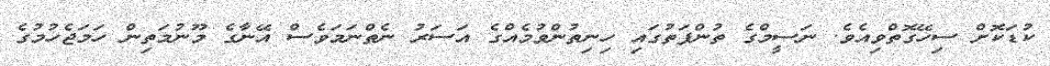
ކުޑަކޮށް ސިހޭގޮތްވިއެވެ. ނަސީމްގެ ތުންފަތުގައި ހިނިތުންވުމެއްގެ އަސަރު ނެތްނަމަވެސް އޭނާގެ މޫނުމަތިން ހަމަޖެހުމުގެ